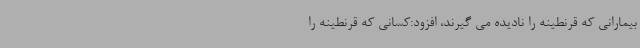
بیمارانی که قرنطینه را نادیده می گیرند، افزود:کسانی که قرنطینه را